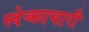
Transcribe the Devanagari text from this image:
स्‍वेच्‍छाचारी